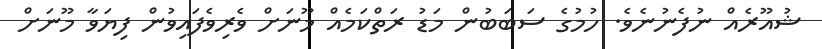
ޝުއޫރެއް ނުފެނުނެވެ. ހުމުގެ ސަބަބުން މަޑު ރަތްކަމެއް މޫނަށް ވެރިވެފައިވުން ފިޔަވާ މޫނަށް